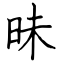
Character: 昧